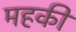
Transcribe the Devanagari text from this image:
महकी